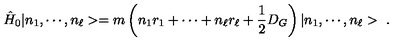
\hat { H } _ { 0 } | n _ { 1 } , \cdots , n _ { \ell } > = m \left( n _ { 1 } r _ { 1 } + \cdots + n _ { \ell } r _ { \ell } + \frac { 1 } { 2 } D _ { G } \right) | n _ { 1 } , \cdots , n _ { \ell } > \ .